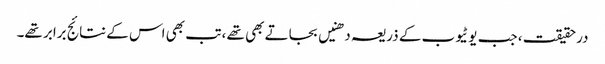
درحقیقت ، جب یوٹیوب کے ذریعہ دھنیں بجاتے بھی تھے ، تب بھی اس کے نتائج برابر تھے۔